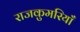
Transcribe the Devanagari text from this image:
राजकुमरियाँ